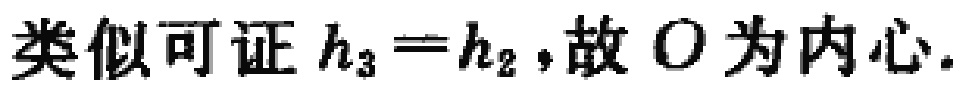
类似可证 \(h_{3}=h_{2}\)，故 \(O\) 为内心.